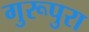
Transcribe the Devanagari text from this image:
गुरूपुरा